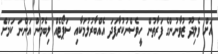
އަށް ވެލިދޫ ޒުވާނުންގެ ފަރާތުން ހީވެސްނުކުރާފަދަ އެއްބާރުލުމަކާއި ސަޕޯޓެއް ލިބެމުން އަންނަ ކަމަށް